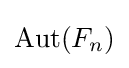
{\textstyle \mathrm {Aut} (F_{n})}